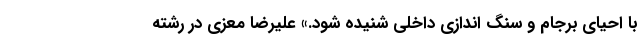
با احیای برجام و سنگ اندازی داخلی شنیده شود.» علیرضا معزی در رشته